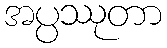
အပ္ပဿုတာ